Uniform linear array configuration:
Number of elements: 32
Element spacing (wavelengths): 1
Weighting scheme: hann
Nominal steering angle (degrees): -15
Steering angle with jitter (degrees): -13.268
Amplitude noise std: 0.05
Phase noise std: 0.05

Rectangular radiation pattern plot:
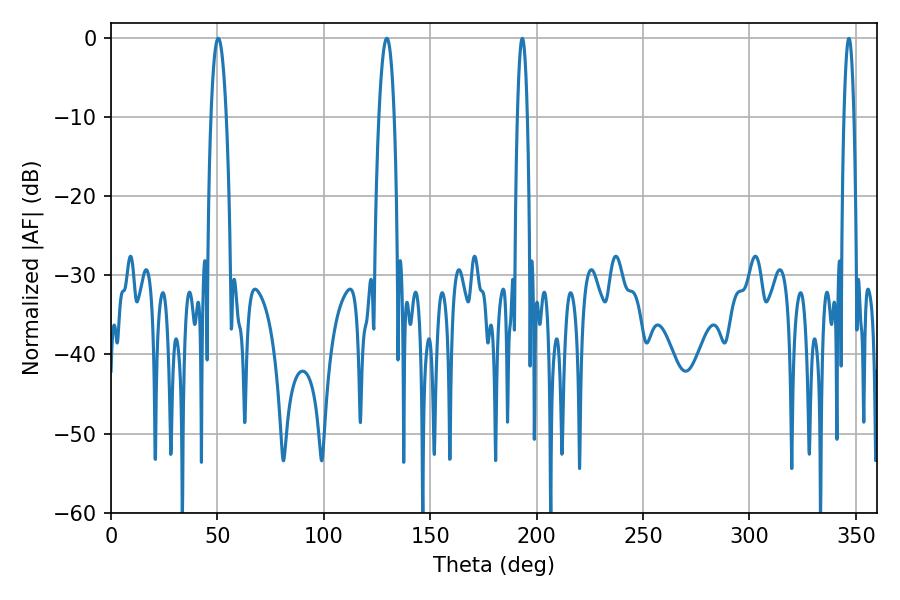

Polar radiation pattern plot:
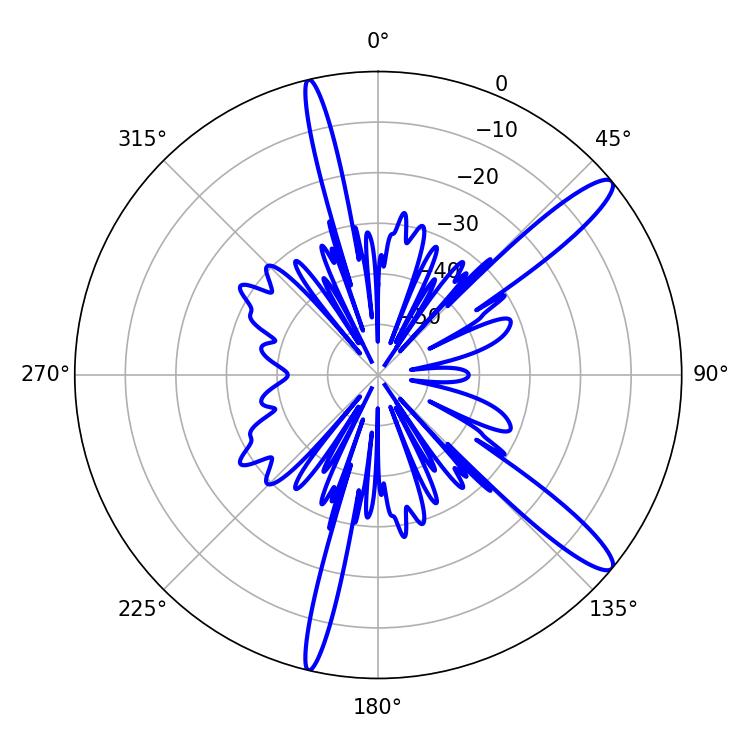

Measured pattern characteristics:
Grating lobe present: TRUE
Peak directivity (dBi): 13.316
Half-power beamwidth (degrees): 3.96
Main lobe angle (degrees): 50.4